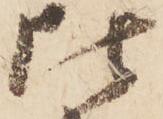
比